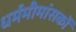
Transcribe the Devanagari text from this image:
धर्ममीमांसकों